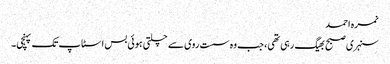
نمرہ احمد
سنہری صبح بھیگ رہی تھی، جب وہ سست روی سے چلتی ہوئی بس اسٹاپ تک پہنچی۔